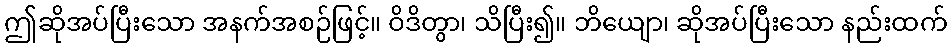
ဤဆိုအပ်ပြီးသော အနက်အစဉ်ဖြင့်။ ဝိဒိတွာ၊ သိပြီး၍။ ဘိယျော၊ ဆိုအပ်ပြီးသော နည်းထက်